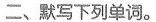
二、默写下列单词。